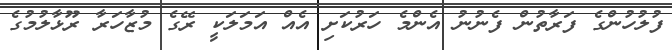
ފުލުހުންގެ ފަރާތުން ފެނުނު އެންމެ ހަރުކަށި އެއް އަމަލަކީ ރޭގެ މުޒާހަރާ ރޫޅާލުމުގެ